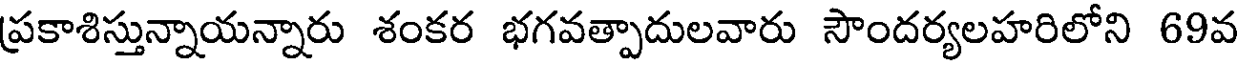
ప్రకాశిస్తున్నాయన్నారు శంకర భగవత్పాదులవారు సౌందర్యలహరిలోని 69వ